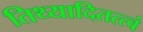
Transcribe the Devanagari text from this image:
तिथ्यादितत्त्वं